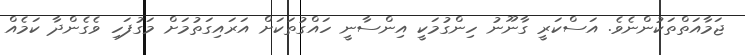
ޖަމާއަތްތަކުންނެވެ. އަސްކަރީ ގާނޫނު ހިންގުމަކީ އިންސާނީ ހައްގުތަކަށް އަރައިގަތުމަށް މަގުފަހި ވެގެންދާ ކަމެއް